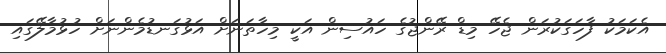
އެކަމަކު ފާހަގަކުރަން ޖެހޭ މިޑް ރޭންޖުގެ ހައުސިން އަކީ މިހާތަނަށް އަޅުގަނޑުމެންނަށް ހުޅުމާލޭގައި